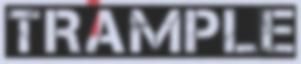
TRAMPLE